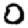
Digit: 0